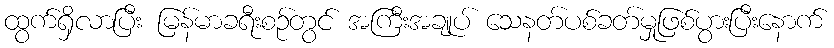
ထွက်ရှိလာပြီး မြန်မာခရီးစဉ်တွင် အကြီးအချုပ် သေနတ်ပစ်ခတ်မှုဖြစ်ပွားပြီးနောက်